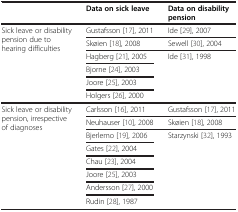
<table><thead><tr><td><b> </b></td><td><b>Data on sick leave</b></td><td><b>Data on disability pension</b></td></tr></thead><tbody><tr><td rowspan="6">Sick leave or disability pension due to hearing difficulties</td><td>Gustafsson[17], 2011</td><td>Ide[29], 2007</td></tr><tr><td>Skøien[18], 2008</td><td>Sewell[30], 2004</td></tr><tr><td>Hagberg[21], 2005</td><td rowspan="4">Ide[31], 1998</td></tr><tr><td>Bjorne[24], 2003</td></tr><tr><td>Joore[25], 2003</td></tr><tr><td>Holgers[26], 2000</td></tr><tr><td rowspan="8">Sick leave or disability pension, irrespective of diagnoses</td><td>Carlsson[16], 2011</td><td>Gustafsson[17], 2011</td></tr><tr><td>Neuhauser[10], 2008</td><td>Skøien[18], 2008</td></tr><tr><td>Bjerlemo[19], 2006</td><td rowspan="6">Starzynski[32], 1993</td></tr><tr><td>Gates[22], 2004</td></tr><tr><td>Chau[23], 2004</td></tr><tr><td>Joore[25], 2003</td></tr><tr><td>Andersson[27], 2000</td></tr><tr><td>Rudin[28], 1987</td></tr></tbody></table>